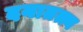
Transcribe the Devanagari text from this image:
दयातत्त्व